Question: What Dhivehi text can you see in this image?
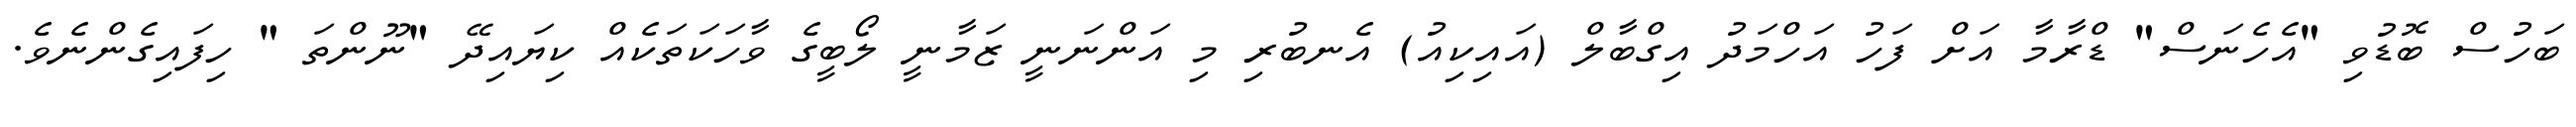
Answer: ބަހުސް ބޮޑުވި "އެހެނަސް" ޑްރާމާ އަށް ފަހު އަހްމަދު އިގްބާލް (އައިކިއު) އެނބުރި މި އަންނަނީ ޒަމާނީ ލޯބީގެ ވާހަކަތަކެއް ކިޔައިދޭ "ނޫންތަ " ހިފައިގެންނެވެ.